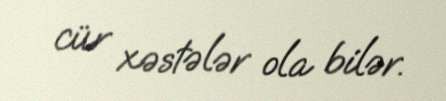
cür xəstələr ola bilər.